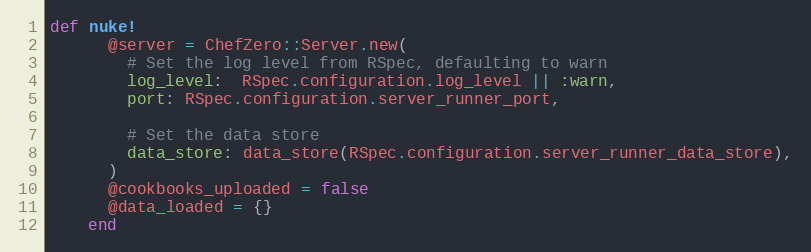
Language: Ruby
def nuke!
      @server = ChefZero::Server.new(
        # Set the log level from RSpec, defaulting to warn
        log_level:  RSpec.configuration.log_level || :warn,
        port: RSpec.configuration.server_runner_port,

        # Set the data store
        data_store: data_store(RSpec.configuration.server_runner_data_store),
      )
      @cookbooks_uploaded = false
      @data_loaded = {}
    end